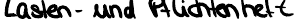
Lasten - und Pflichtenheft